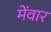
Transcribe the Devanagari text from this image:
मेंवार